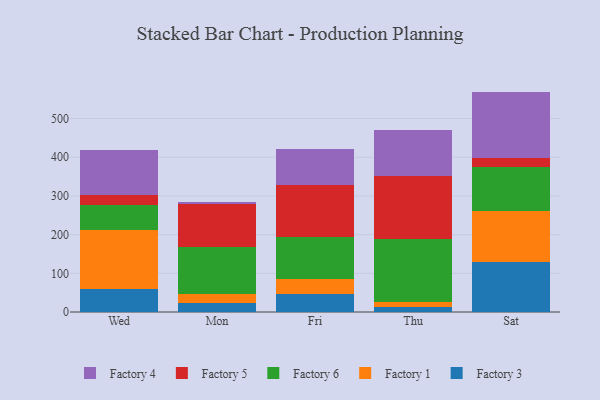
{"axis": {"x": "Day", "y": "Page Views"}, "legend": ["Factory 1", "Factory 3", "Factory 4", "Factory 5", "Factory 6"], "data": [{"x": "Wed", "y": 58.2, "type": "Factory 3"}, {"x": "Wed", "y": 153.5, "type": "Factory 1"}, {"x": "Wed", "y": 65.4, "type": "Factory 6"}, {"x": "Wed", "y": 25.0, "type": "Factory 5"}, {"x": "Wed", "y": 116.2, "type": "Factory 4"}, {"x": "Mon", "y": 24.5, "type": "Factory 3"}, {"x": "Mon", "y": 21.9, "type": "Factory 1"}, {"x": "Mon", "y": 122.7, "type": "Factory 6"}, {"x": "Mon", "y": 109.1, "type": "Factory 5"}, {"x": "Mon", "y": 7.0, "type": "Factory 4"}, {"x": "Fri", "y": 46.7, "type": "Factory 3"}, {"x": "Fri", "y": 37.9, "type": "Factory 1"}, {"x": "Fri", "y": 109.0, "type": "Factory 6"}, {"x": "Fri", "y": 134.6, "type": "Factory 5"}, {"x": "Fri", "y": 93.8, "type": "Factory 4"}, {"x": "Thu", "y": 12.2, "type": "Factory 3"}, {"x": "Thu", "y": 12.5, "type": "Factory 1"}, {"x": "Thu", "y": 165.0, "type": "Factory 6"}, {"x": "Thu", "y": 163.0, "type": "Factory 5"}, {"x": "Thu", "y": 118.3, "type": "Factory 4"}, {"x": "Sat", "y": 130.1, "type": "Factory 3"}, {"x": "Sat", "y": 131.2, "type": "Factory 1"}, {"x": "Sat", "y": 114.7, "type": "Factory 6"}, {"x": "Sat", "y": 22.0, "type": "Factory 5"}, {"x": "Sat", "y": 171.6, "type": "Factory 4"}]}